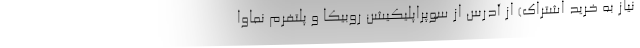
نیاز به خرید اشتراک) از آدرس از سوپراپلیکیشن روبیکا و‌ پلتفرم نماوا